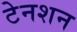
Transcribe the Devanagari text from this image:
टेनशन